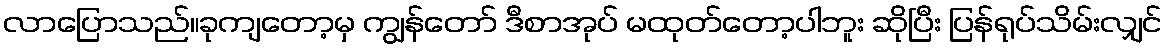
လာပြောသည်။ခုကျတော့မှ ကျွန်တော် ဒီစာအုပ် မထုတ်တော့ပါဘူး ဆိုပြီး ပြန်ရုပ်သိမ်းလျှင်